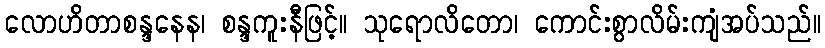
လောဟိတာစန္ဒနေန၊ စန္ဒကူးနီဖြင့်။ သုရောလိတော၊ ကောင်းစွာလိမ်းကျံအပ်သည်။